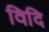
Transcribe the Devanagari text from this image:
विदि